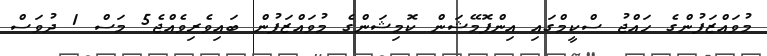
މުވައްޒަފުންގެ ހައްޖު ސްކީމްގައި އިންފޮމޭޝަން ކޮމިޝަންގެ މުވައްޒަފުން ބައިވެރިވެއްޖެ5 މަސް 1 ދުވަސް